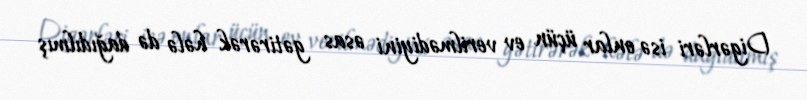
Digərləri isə onlar üçün ev verilmədiyini əsas gətirərək hələ də dağıdılmış